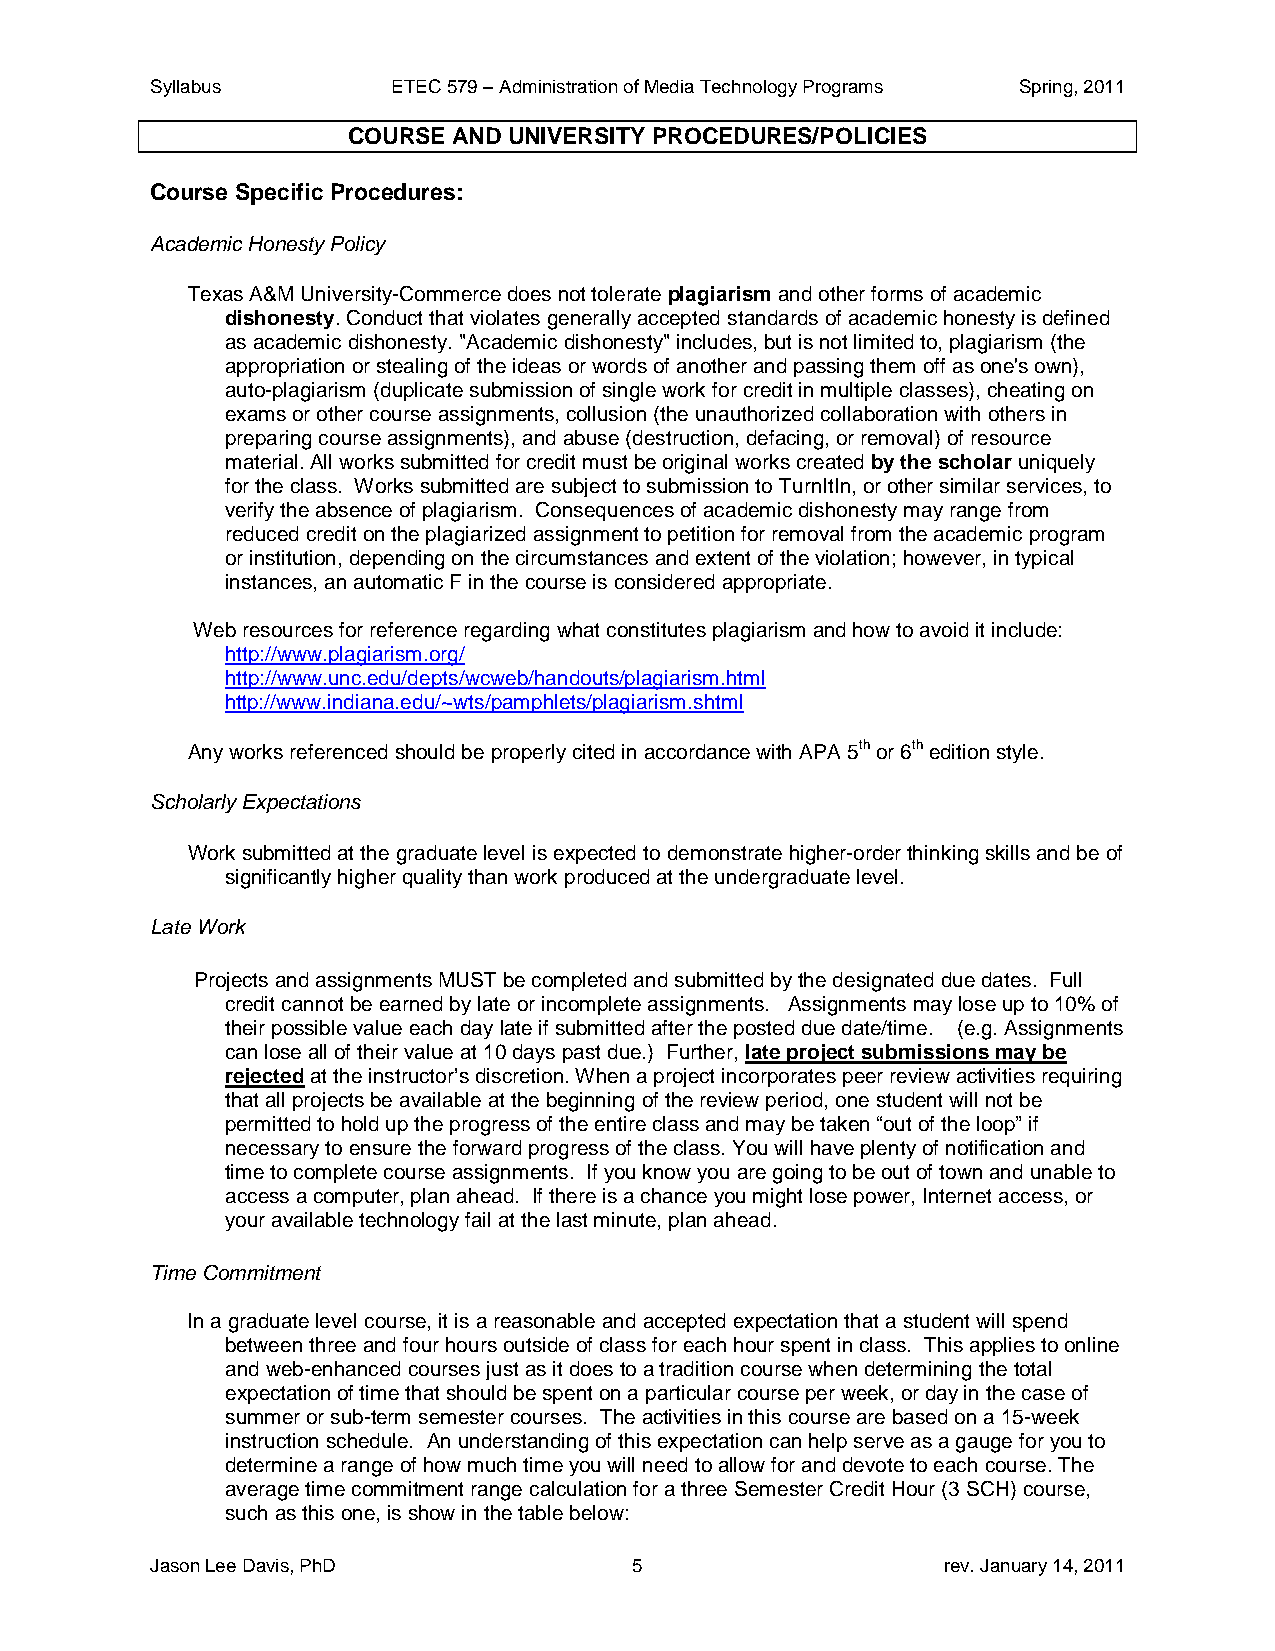
Syllabus        ETEC 579 – Administration of Media Technology Programs Spring, 2011
 COURSE AND UNIVERSITY PROCEDURES/POLICIES
 Course Specific Procedures:
 Academic Honesty Policy
 Texas A&M University-Commerce does not tolerate plagiarism and other forms of academic
 dishonesty. Conduct that violates generally accepted standards of academic honesty is defined
 as academic dishonesty. "Academic dishonesty" includes, but is not limited to, plagiarism (the
 appropriation or stealing of the ideas or words of another and passing them off as one's own),
 auto-plagiarism (duplicate submission of single work for credit in multiple classes), cheating on
 exams or other course assignments, collusion (the unauthorized collaboration with others in
 preparing course assignments), and abuse (destruction, defacing, or removal) of resource
 material. All works submitted for credit must be original works created by the scholar uniquely
 for the class. Works submitted are subject to submission to TurnItIn, or other similar services, to
 verify the absence of plagiarism. Consequences of academic dishonesty may range from
 reduced credit on the plagiarized assignment to petition for removal from the academic program
 or institution, depending on the circumstances and extent of the violation; however, in typical
 instances, an automatic F in the course is considered appropriate.
 Web resources for reference regarding what constitutes plagiarism and how to avoid it include:
 http://www.plagiarism.org/
 http://www.unc.edu/depts/wcweb/handouts/plagiarism.html
 http://www.indiana.edu/~wts/pamphlets/plagiarism.shtml
 Any works referenced should be properly cited in accordance with APA 5th or 6th edition style.
 Scholarly Expectations
 Work submitted at the graduate level is expected to demonstrate higher-order thinking skills and be of
 significantly higher quality than work produced at the undergraduate level.
 Late Work
 Projects and assignments MUST be completed and submitted by the designated due dates. Full
 credit cannot be earned by late or incomplete assignments. Assignments may lose up to 10% of
 their possible value each day late if submitted after the posted due date/time. (e.g. Assignments
 can lose all of their value at 10 days past due.) Further, late project submissions may be
 rejected at the instructor’s discretion. When a project incorporates peer review activities requiring
 that all projects be available at the beginning of the review period, one student will not be
 permitted to hold up the progress of the entire class and may be taken “out of the loop” if
 necessary to ensure the forward progress of the class. You will have plenty of notification and
 time to complete course assignments. If you know you are going to be out of town and unable to
 access a computer, plan ahead. If there is a chance you might lose power, Internet access, or
 your available technology fail at the last minute, plan ahead.
 Time Commitment
 In a graduate level course, it is a reasonable and accepted expectation that a student will spend
 between three and four hours outside of class for each hour spent in class. This applies to online
 and web-enhanced courses just as it does to a tradition course when determining the total
 expectation of time that should be spent on a particular course per week, or day in the case of
 summer or sub-term semester courses. The activities in this course are based on a 15-week
 instruction schedule. An understanding of this expectation can help serve as a gauge for you to
 determine a range of how much time you will need to allow for and devote to each course. The
 average time commitment range calculation for a three Semester Credit Hour (3 SCH) course,
 such as this one, is show in the table below:
 Jason Lee Davis, PhD            5                   rev. January 14, 2011